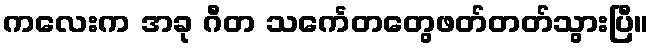
ကလေးက အခု ဂီတ သင်္ကေတတွေဖတ်တတ်သွားပြီ။